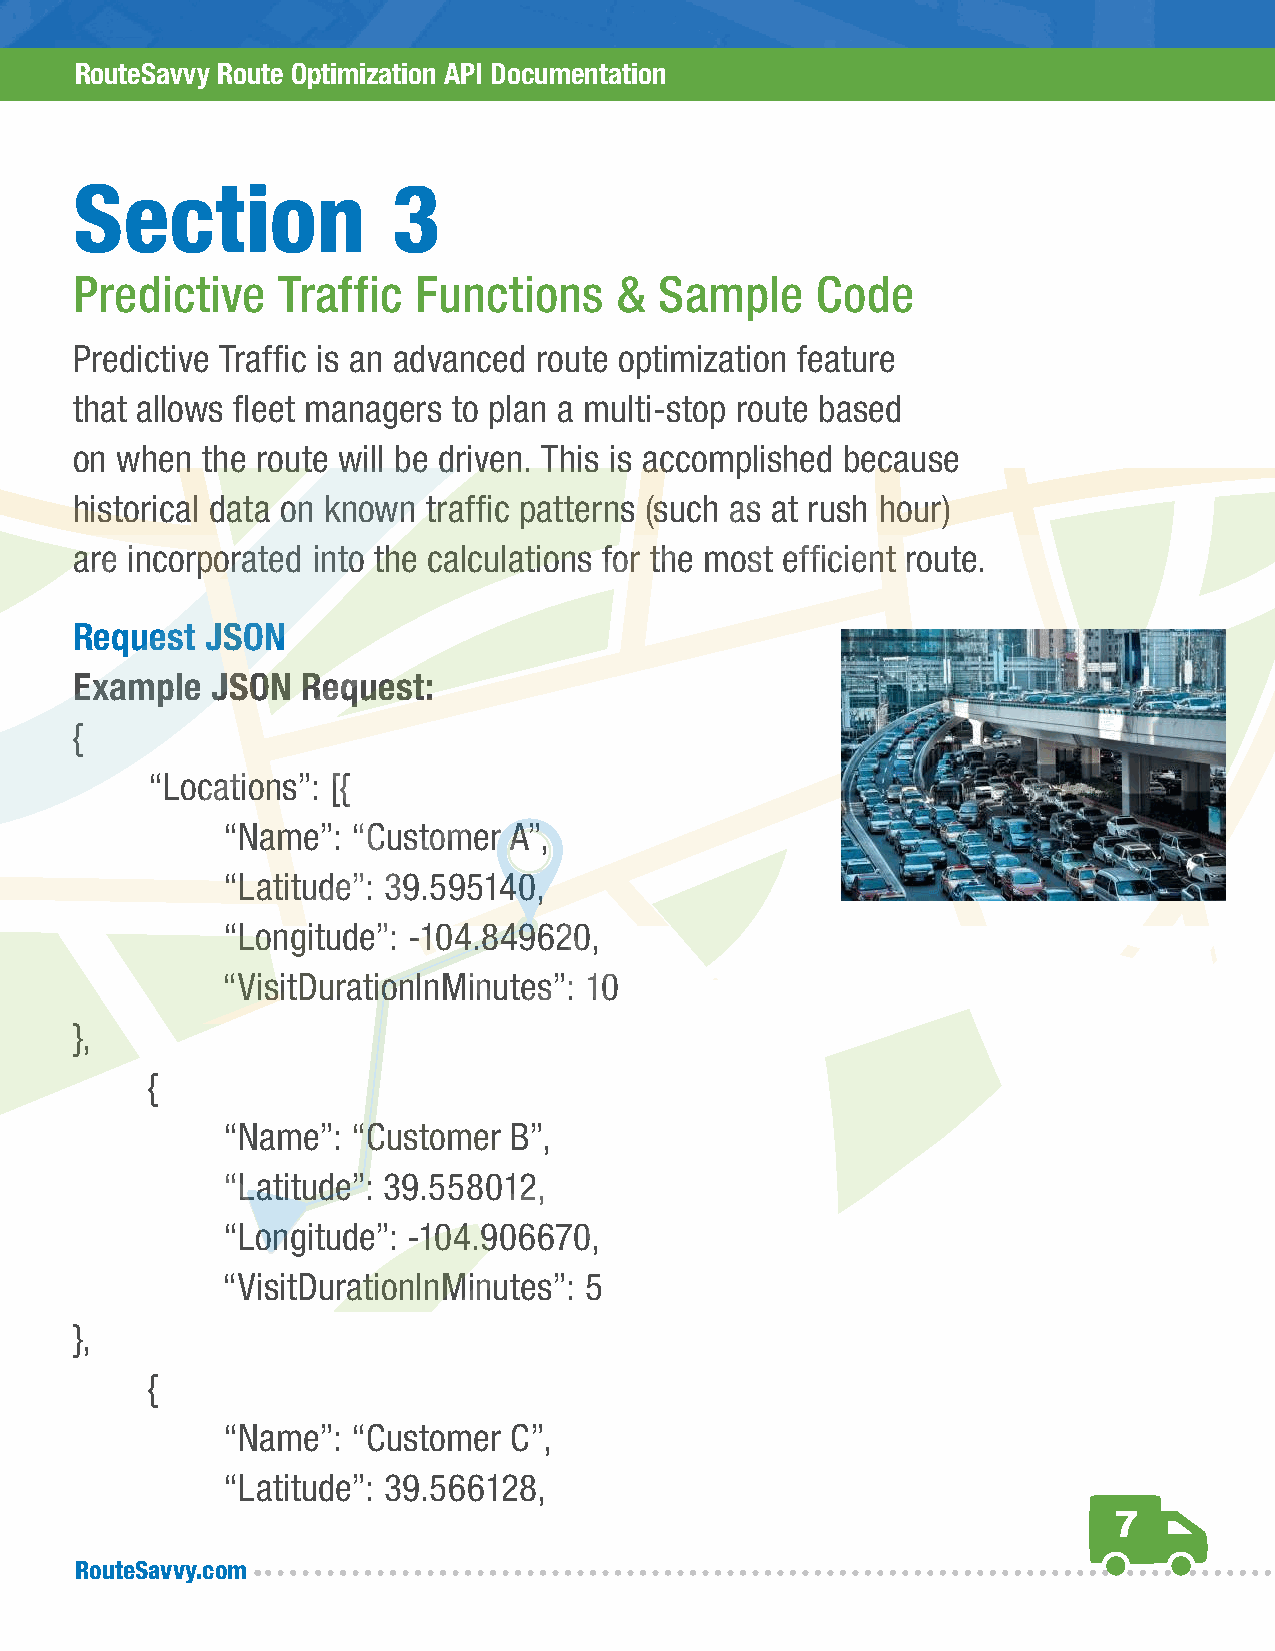
RouteSavvy Route Optimization API Documentation
 Section              3
 Predictive   Traffic  Functions     &  Sample    Code
 Predictive Traffic is an advanced route optimization feature
 that allows fleet managers to plan a multi-stop route based
 on when the route will be driven. This is accomplished because
 historical data on known traffic patterns (such as at rush hour)
 are incorporated into the calculations for the most efficient route.
 Request  JSON
 Example  JSON  Request:
 {
 “Locations”: [{
 “Name”: “Customer  A”,
 “Latitude”: 39.595140,
 “Longitude”: -104.849620,
 “VisitDurationInMinutes”: 10
 },
 {
 “Name”: “Customer  B”,
 “Latitude”: 39.558012,
 “Longitude”: -104.906670,
 “VisitDurationInMinutes”: 5
 },
 {
 “Name”: “Customer  C”,
 “Latitude”: 39.566128,
 7
 RouteSavvy.com